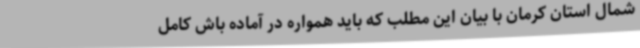
شمال استان کرمان با بیان این مطلب که باید همواره در آماده باش کامل